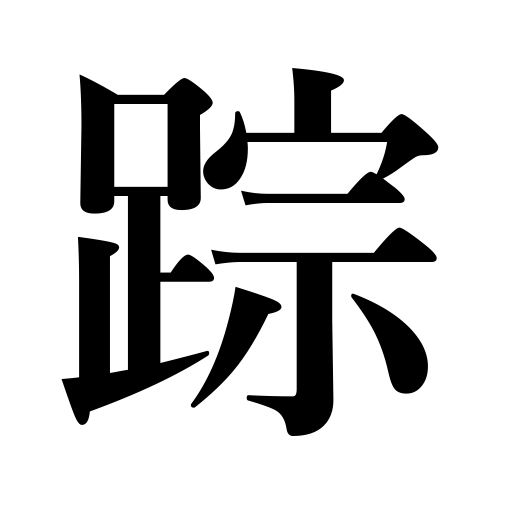
Meanings: remains of something,footprint,clue